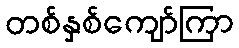
တစ်နှစ်ကျော်ကြာ